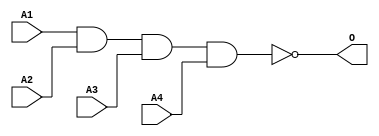
module JNAND4A(A1, A2, A3, A4, O);
input   A1;
input   A2;
input   A3;
input   A4;
output  O;
nand g0(O, A1, A2, A3, A4);
endmodule